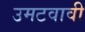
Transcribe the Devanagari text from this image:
उमटवावी